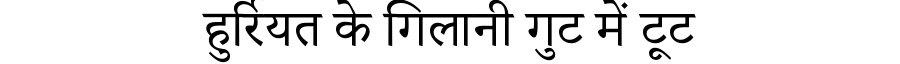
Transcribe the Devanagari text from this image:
हुर्रियत के गिलानी गुट में टूट